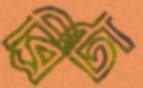
ব্রিটা